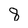
Character: 8